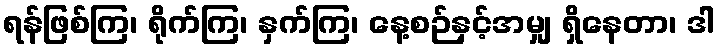
ရန်ဖြစ်ကြ၊ ရိုက်ကြ၊ နှက်ကြ၊ နေ့စဉ်နှင့်အမျှ ရှိနေတာ၊ ဒါ